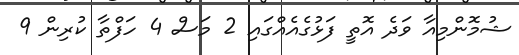
ޝުމޮންމިއާ ވަދެ އޮތީ ފަޅުގެއެއްގައި 2 މަސް 4 ހަފްތާ ކުރިން 9